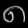
Digit: ၈